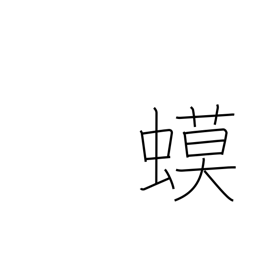
Meaning: toad